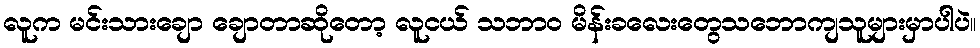
လူက မင်းသားချော ချောတာဆိုတော့ လူငယ် သဘာဝ မိန်းခလေးတွေသဘောကျသူများမှာပါပဲ။